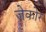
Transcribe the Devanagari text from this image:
जेकोर